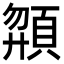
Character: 𩒶